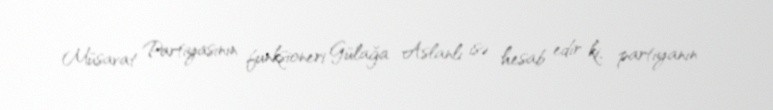
Müsavat Partiyasının funksioneri Gülağa Aslanlı isə hesab edir ki, partiyanın